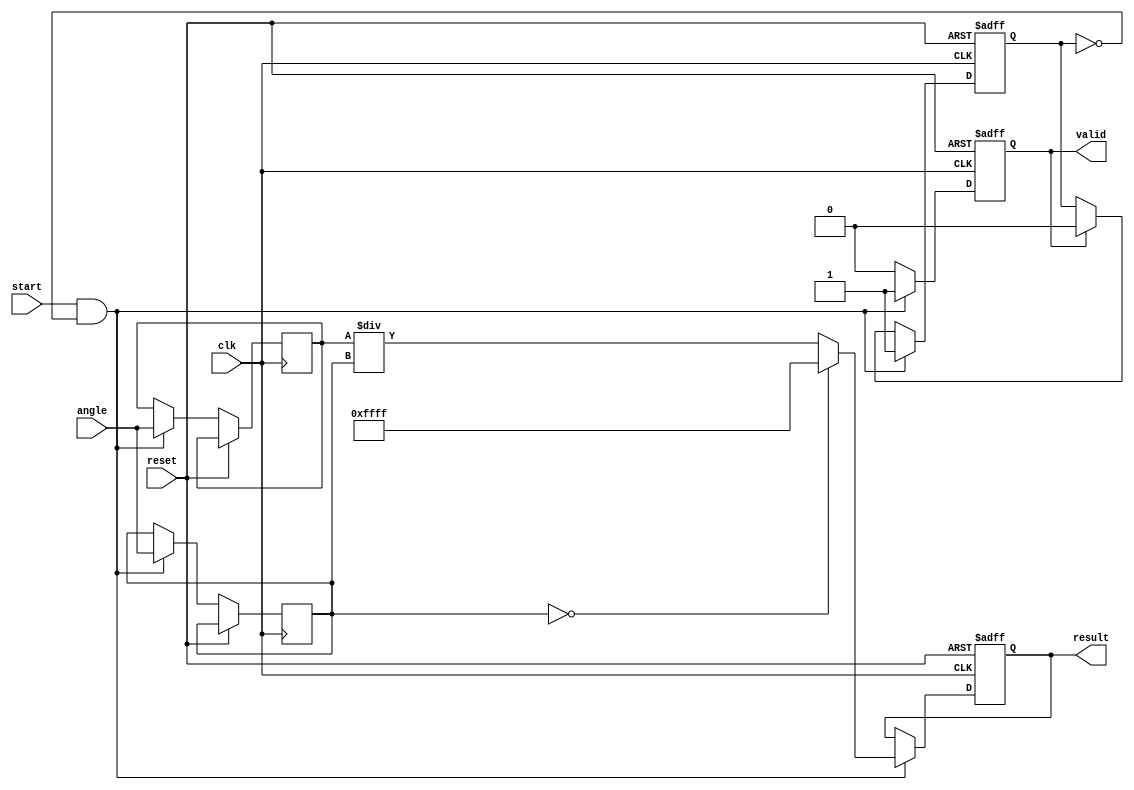
module tangent_arithmetic_block (
    input  wire clk,            // Clock input
    input  wire reset,          // Asynchronous reset
    input  wire [15:0] angle,   // Input angle in Q15 format
    input  wire start,          // Start computation
    output reg  [15:0] result,  // Output result in Q15 format
    output reg  valid           // Output valid signal
);

    reg [15:0] sin_val;       // Placeholder for sine value
    reg [15:0] cos_val;       // Placeholder for cosine value
    reg computed;             // Flag to check if computation is done

    // Sine and Cosine Computation
    function [15:0] compute_sin(input [15:0] angle);
        // TODO: Implement actual sine computation here (e.g., Taylor series)
        // For simplicity, returning a dummy value for now.
        compute_sin = angle; // Replace this with actual sine calculation.
    endfunction

    function [15:0] compute_cos(input [15:0] angle);
        // TODO: Implement actual cosine computation here (e.g., Taylor series)
        // For simplicity, returning a dummy value for now.
        compute_cos = angle; // Replace this with actual cosine calculation.
    endfunction

    // Division to compute tan
    function [15:0] divide(input [15:0] numerator, input [15:0] denominator);
        if (denominator == 0) begin
            divide = 16'hFFFF; // Indicate undefined condition (custom handling)
        end else begin
            divide = numerator / denominator;
        end
    endfunction

    always @(posedge clk or posedge reset) begin
        if (reset) begin
            result <= 0;
            valid <= 0;
            computed <= 0;
        end else if (start && !computed) begin
            // Compute sine and cosine
            sin_val <= compute_sin(angle);
            cos_val <= compute_cos(angle);
            result <= divide(sin_val, cos_val);
            valid <= 1;      // Indicate result is valid
            computed <= 1;   // Computation is done
        end else if (valid) begin
            // Reset valid signal after reading the output
            valid <= 0;
            computed <= 0;  // Ready for next computation
        end
    end

endmodule